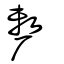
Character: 𠩺